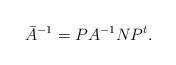
LaTeX: \begin{align*}\bar{A}^{-1} = PA^{-1}NP^t.\end{align*}